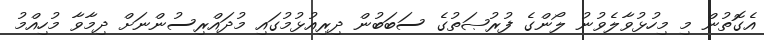
އެގޮތުން މި މިހުޅުވާލެވުނު ލޯންގެ ފުރުޞަތުގެ ސަބަބުން ދިރިއުޅުމުގައި މުދައްރިސުންނަށް ދިމާވާ މުހިއްމު